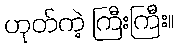
ဟုတ်ကဲ့ ကြီးကြီး။